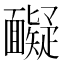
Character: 𩉏